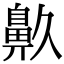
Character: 𪖓